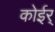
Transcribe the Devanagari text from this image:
कोईर्